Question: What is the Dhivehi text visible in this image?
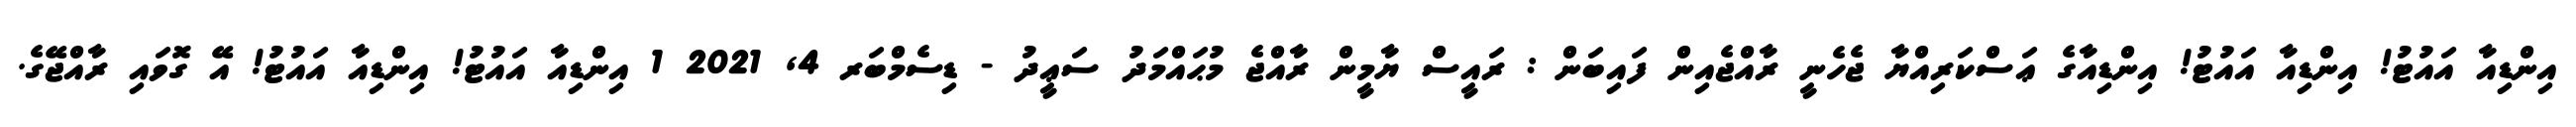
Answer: އިންޑިއާ އައުޓު! އިންޑިއާ އައުޓު! އިންޑިއާގެ ޢަސްކަރިއްޔާ ޖެހެނީ ރާއްޖެއިން ފައިބަން : ރައީސް ޔާމީން ރާއްޖެ މުޙައްމަދު ސަޢީދު - ޑިސެމްބަރ 4, 2021 1 އިންޑިއާ އައުޓު! އިންޑިއާ އައުޓު! އޭ ގޮވައި ރާއްޖޭގެ.